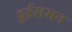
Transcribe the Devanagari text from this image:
हुईसमन